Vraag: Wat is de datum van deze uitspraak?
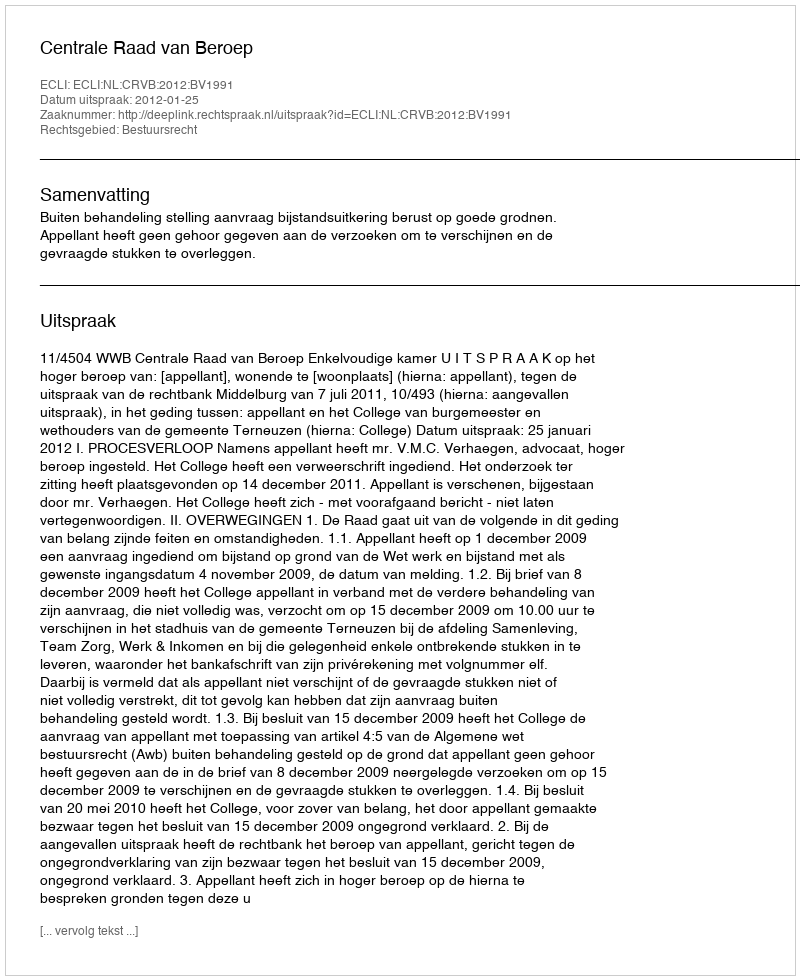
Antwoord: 2012-01-25